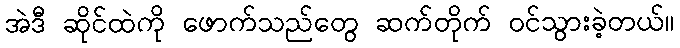
အဲဒီ ဆိုင်ထဲကို ဖောက်သည်တွေ ဆက်တိုက် ဝင်သွားခဲ့တယ်။